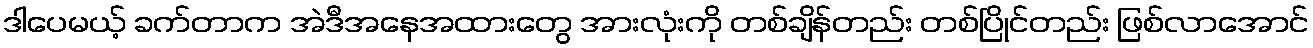
ဒါပေမယ့် ခက်တာက အဲဒီအနေအထားတွေ အားလုံးကို တစ်ချိန်တည်း တစ်ပြိုင်တည်း ဖြစ်လာအောင်